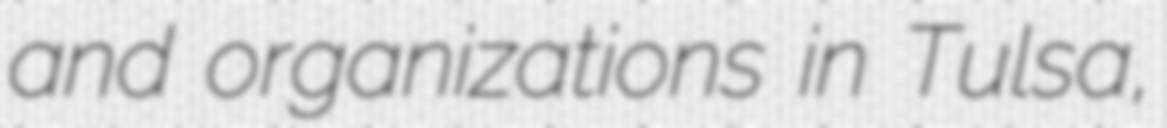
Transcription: and organizations in Tulsa,